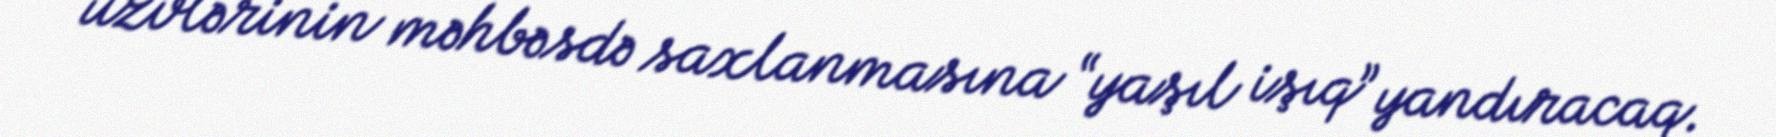
üzvlərinin məhbəsdə saxlanmasına “yaşıl işıq” yandıracaq.